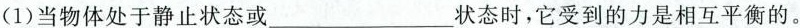
(1)当物体处于静止状态或___状态时，它受到的力是相互平衡的。